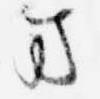
ま